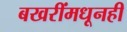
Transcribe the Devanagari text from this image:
बखरींमधूनही